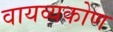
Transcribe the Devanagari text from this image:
वायव्यकोण